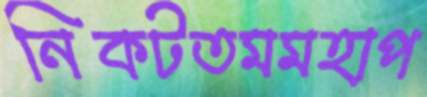
নিকটতমমহাপ